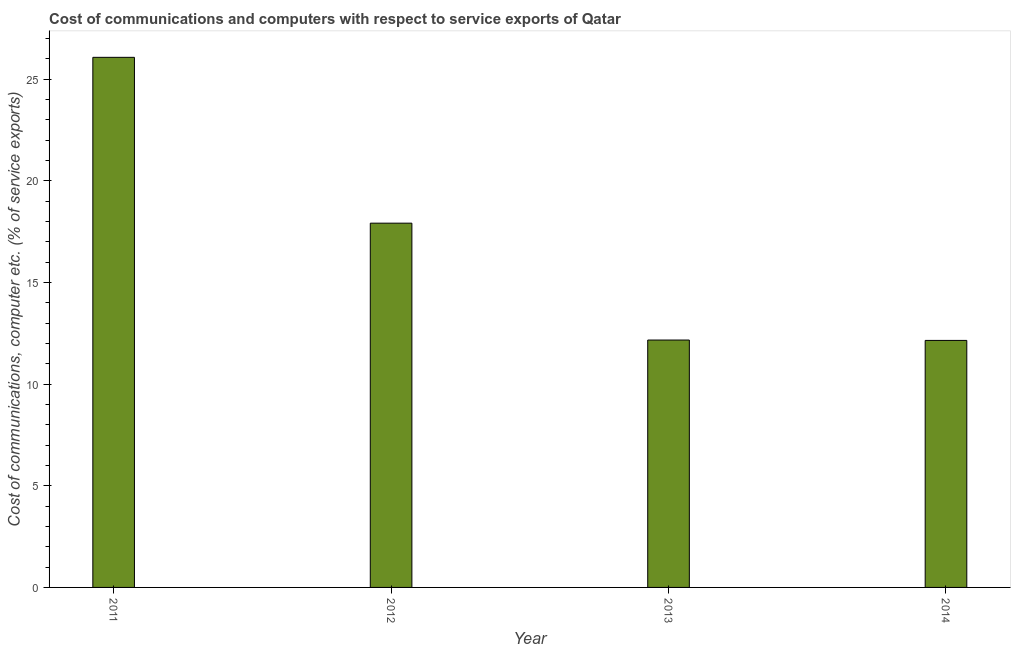
| Year | Communications |
 | --- | --- |
 | 2011 | 26.1 |
 | 2012 | 17.9 |
 | 2013 | 12.2 |
 | 2014 | 12.1 |